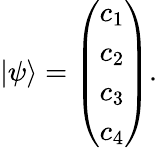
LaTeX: |\psi\rangle=\left(\begin{array}{l}{c_{1}}\\ {c_{2}}\\ {c_{3}}\\ {c_{4}}\end{array}\right).